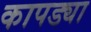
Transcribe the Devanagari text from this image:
कापड्या